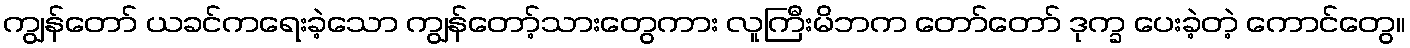
ကျွန်တော် ယခင်ကရေးခဲ့သော ကျွန်တော့်သားတွေကား လူကြီးမိဘက တော်တော် ဒုက္ခ ပေးခဲ့တဲ့ ကောင်တွေ။